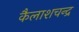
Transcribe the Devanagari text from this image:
कैलाशचन्द्र